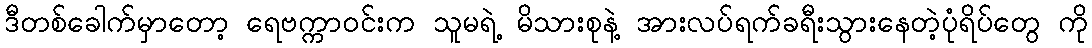
ဒီတစ်ခေါက်မှာတော့ ရေဗက္ကာဝင်းက သူမရဲ့ မိသားစုနဲ့ အားလပ်ရက်ခရီးသွားနေတဲ့ပုံရိပ်တွေ ကို